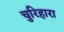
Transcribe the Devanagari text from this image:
चुरिहारा